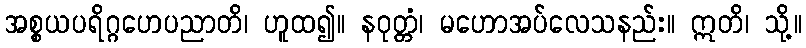
အစ္စယပရိဂ္ဂဟေပညာတိ၊ ဟူထ၍။ နဝုတ္တံ၊ မဟောအပ်လေသနည်း။ ဣတိ၊ သို့။